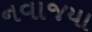
નવાજયા